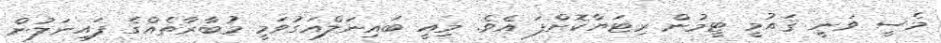
މެސީ ވަނީ ޤައުމީ ޓީމުން ރިޓަޔާކޮށްފަ އެވެ. މިއީ ބައިނަލްއަގުވަމީ މުބާރާތެއްގެ ފައިނަލުން